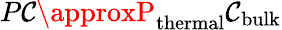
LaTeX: P\mathcal{C}\approxP_{\mathrm{{thermal}}}\mathcal{C}_{\mathrm{{bulk}}}